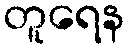
တူရေန